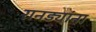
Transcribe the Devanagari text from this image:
रानड्यांना